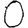
Digit: 0